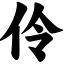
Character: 伶